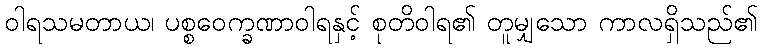
ဝါရသမတာယ၊ ပစ္စဝေက္ခဏာဝါရနှင့် စုတိဝါရ၏ တူမျှသော ကာလရှိသည်၏